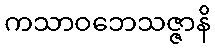
ကသာဝဘေသဇ္ဇာနိ